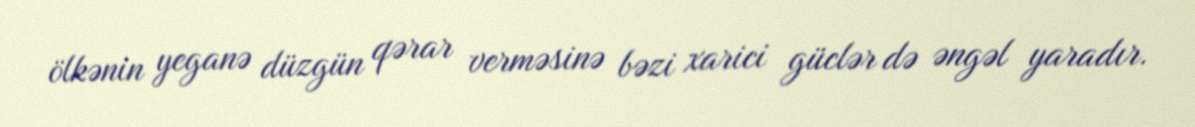
ölkənin yeganə düzgün qərar verməsinə bəzi xarici güclər də əngəl yaradır.